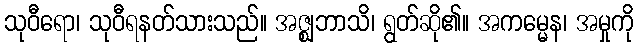
သုဝီရော၊ သုဝီရနတ်သားသည်။ အဇ္ဈဘာသိ၊ ရွတ်ဆို၏။ အကမ္မေန၊ အမှုကို